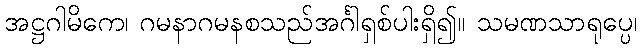
အဋ္ဌဂါမိကေ၊ ဂမနာဂမနစသည်အင်္ဂါရှစ်ပါးရှိ၍။ သမဏသာရုပ္ပေ၊